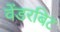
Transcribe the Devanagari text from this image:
वेंडरबिट